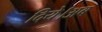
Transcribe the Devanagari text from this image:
दिये।अब